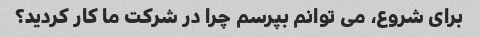
برای شروع، می توانم بپرسم چرا در شرکت ما کار کردید؟